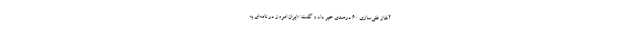
آغاز غنی‌سازی ۶۰ درصدی خبر داد و گفت: «ایران امروز در نامه‌ای به